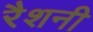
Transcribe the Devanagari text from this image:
रैशनी